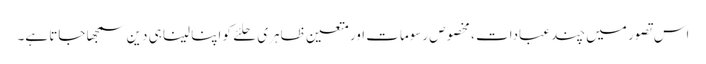
اس تصور میں چند عبادات ، مخصوص رسومات اور متعین ظاہری حلئے کو اپنا لینا ہی دین سمجھا جاتا ہے۔